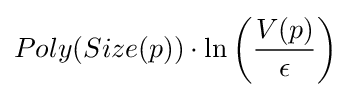
Poly(Size(p))\cdot \ln \left({\frac {V(p)}{\epsilon }}\right)